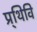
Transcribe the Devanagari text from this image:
प्र्थिवि